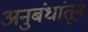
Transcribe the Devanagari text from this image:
अनुबंधांतून